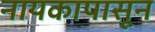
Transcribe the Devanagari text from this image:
नायकापासून